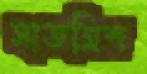
সাতত্রিশ